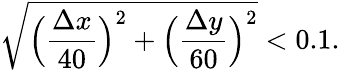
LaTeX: \sqrt{\Big(\frac{\Delta x}{40}\Big)^{2}+\Big(\frac{\Delta y}{60}\Big)^{2}}<0.1.